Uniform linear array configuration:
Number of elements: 32
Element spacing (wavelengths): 1
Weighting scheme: hamming
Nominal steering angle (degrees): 0
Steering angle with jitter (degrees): -0.5265
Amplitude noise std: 0.05
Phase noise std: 0.05

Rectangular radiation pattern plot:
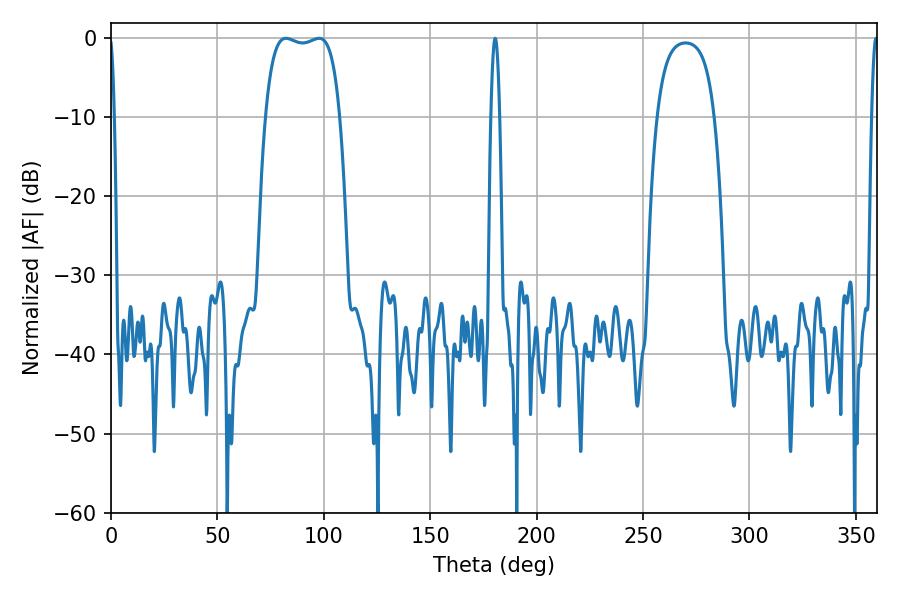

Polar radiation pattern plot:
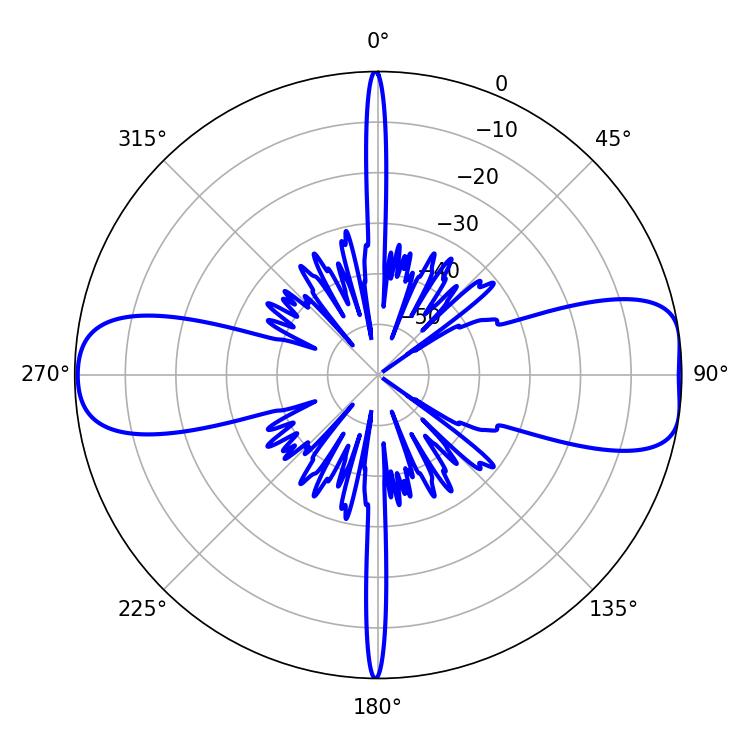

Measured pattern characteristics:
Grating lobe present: TRUE
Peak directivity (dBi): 10.279
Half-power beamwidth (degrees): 28.08
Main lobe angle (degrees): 82.26